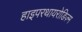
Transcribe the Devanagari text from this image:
हाइपरथायरोडिज़्म